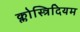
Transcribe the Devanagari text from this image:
क्लोस्त्रिदियम